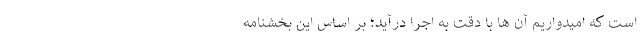
است که امیدواریم آن ها با دقت به اجرا درآید؛ بر اساس این بخشنامه